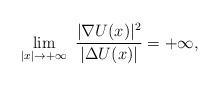
LaTeX: \begin{align*} \lim_{|x|\to +\infty} \ \frac{ | \nabla U (x)|^2}{|\Delta U(x)|} = +\infty, \end{align*}